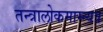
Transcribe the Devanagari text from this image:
तन्त्रालोकमाम्न्यत्र